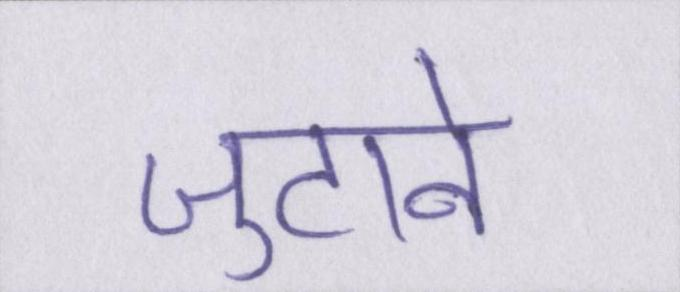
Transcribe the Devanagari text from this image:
जुटाने